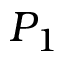
P _ { 1 }